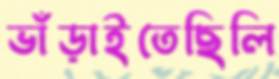
ভাঁড়াইতেছিলি